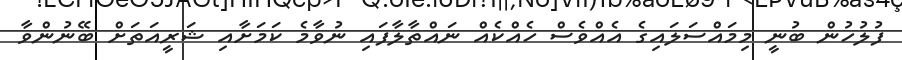
ފުލުހުން ބުނީ މިމައްސަލައިގެ އެއްވެސް ހެއްކެއް ނައްތާލާފައި ނުވާމެ ކަމަށާއި ޝަރީއަތަށް ބޭނުންވާ